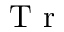
\textrm { T r }